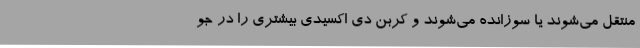
منتقل می‌شوند یا سوزانده می‌شوند و کربن دی اکسیدی بیشتری را در جو